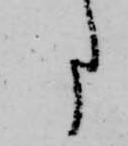
事